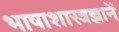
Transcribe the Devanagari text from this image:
भाषाशास्त्रज्ञानें